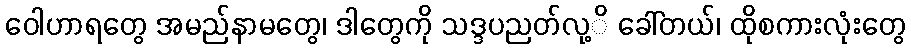
ဝေါဟာရတွေ အမည်နာမတွေ၊ ဒါတွေကို သဒ္ဒပညတ်လု့ိ ခေါ်တယ်၊ ထိုစကားလုံးတွေ